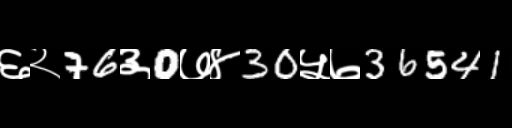
Text: ६२76३0७४30५७36541